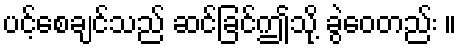
ပင့်စေချင်သည် ဆင်ခြင်ဤသို့ ခွဲဝေတည်း ။